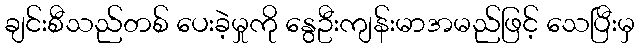
ချင်းစီသည်တစ် ပေးခဲ့မှုကို နွေဦးကျန်းမာအမည်ဖြင့် သေပြီးမှ